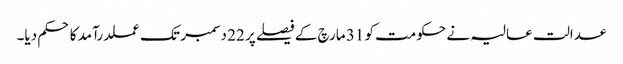
عدالت عالیہ نے حکومت کو 31 مارچ کے فیصلے پر 22 دسمبر تک عملدرآمد کا حکم دیا۔